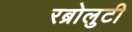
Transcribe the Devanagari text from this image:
रब्रोलुटी